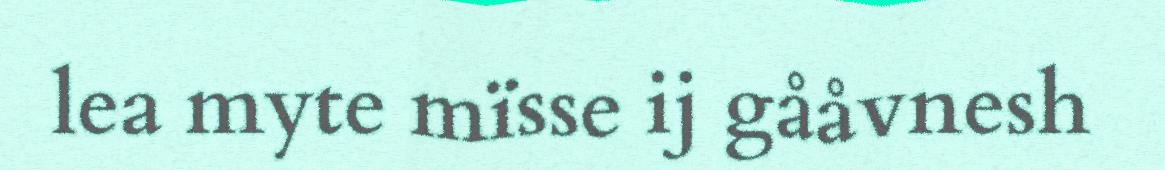
lea myte mïsse ij gååvnesh